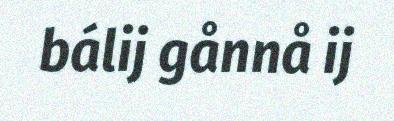
bálij gånnå ij